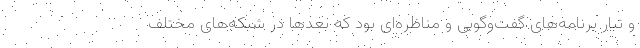
و تبار برنامه‌های گفت‌وگویی و مناظره‌ای بود که بعدها در شبکه‌های مختلف